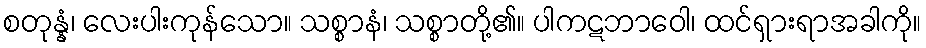
စတုန္နံ၊ လေးပါးကုန်သော။ သစ္စာနံ၊ သစ္စာတို့၏။ ပါကဋဘာဝေါ၊ ထင်ရှားရာအခါကို။